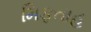
મિફતાહ